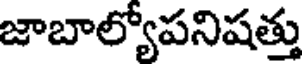
జాబాల్యోపనిషత్తు